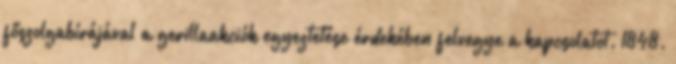
főszolgabírájával a gerillaakciók egyeztetése érdekében felvegye a kapcsolatot. 1848.